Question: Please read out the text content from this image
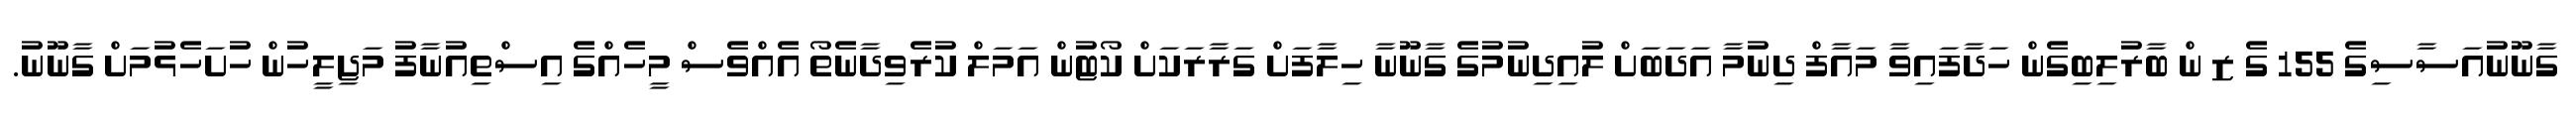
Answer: ގާނޫނުއަސާސިގެ 155 ގެ ޒ ން ބާރުލިބިގެން ހަދާފައިވާ މައާފް ދިނުމާ އަދަބަށް ލުއިދިނުމުގެ ގާނޫނާ ހިލާފަށް ގަރާރަކަށް ކޯޓުން އަމަލް ކުރެވިދާނެތޯ އެއްވެސް މީހެއްގެ އިސްތިއުނާފު މަޖިލީހުން ހުށަހެޅުމަށް ގާނޫނު.